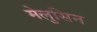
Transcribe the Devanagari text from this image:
मेलुसिन